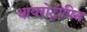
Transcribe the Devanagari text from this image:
थायरोट्रोपिन